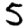
Digit: 5